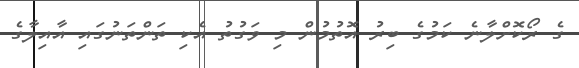
ގެ ރޯކޮށްލާނެ ކަމުގެ ބިރު އޮތުމުން މި ވަގުތު އެކި ތަންތަނުގައި އާއިލާގެ